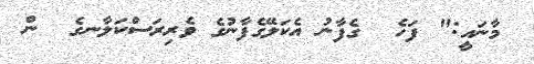
މާނައީ:" ފަހެ  ގެފާނު އެކަލޭގެފާނުގެ ވެރިރަސްކަލާނގެ  ން